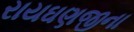
રાયઘણજીના